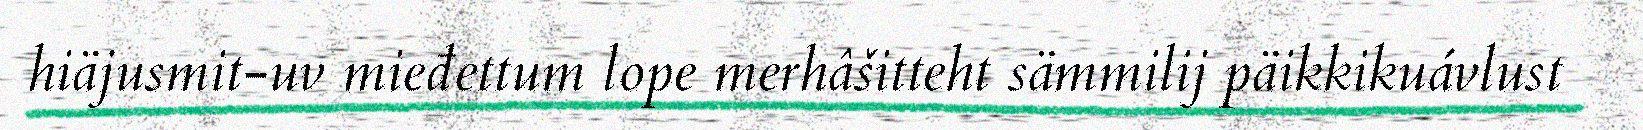
hiäjusmit-uv mieđettum lope merhâšitteht sämmilij päikkikuávlust